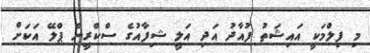
މި ފިލްމަކީ އައިޝަތު ފުއާދު އަދި އަލީ ޝިފާއުގެ ސްކްރީން ޕްލޭ އަކަށް